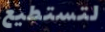
لتستطيع